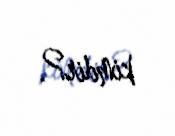
kimdir?.